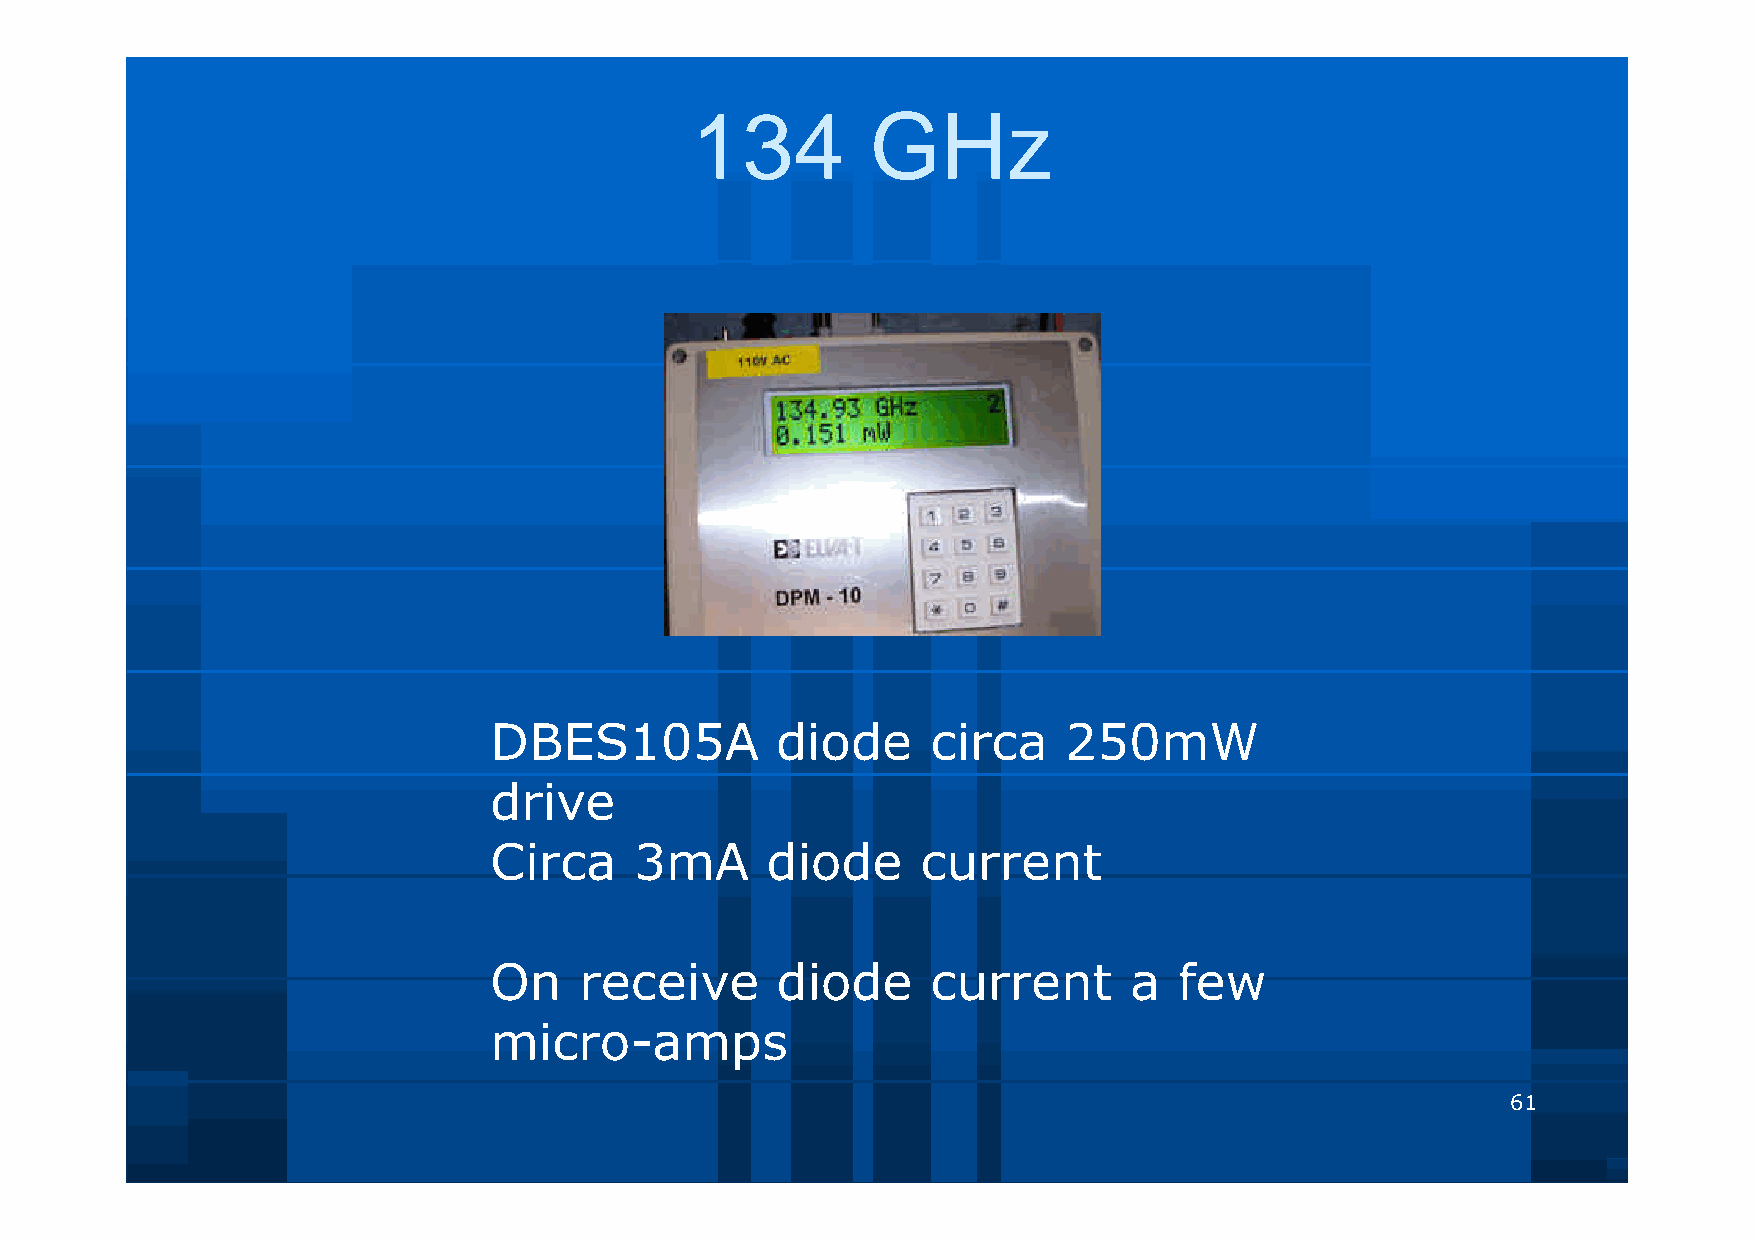
134         GHz
 DBES105A           diode      circa   250mW
 drive
 Circa     3mA      diode     current
 On    receive      diode      current      a  few
 micro-amps
 61